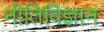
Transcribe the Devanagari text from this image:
नीतिविज्ञान